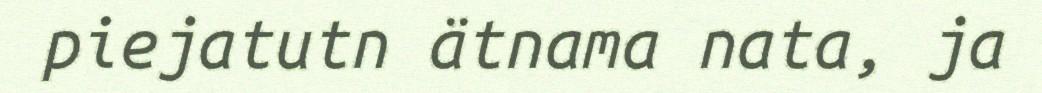
piejatutn ätnama nata, ja